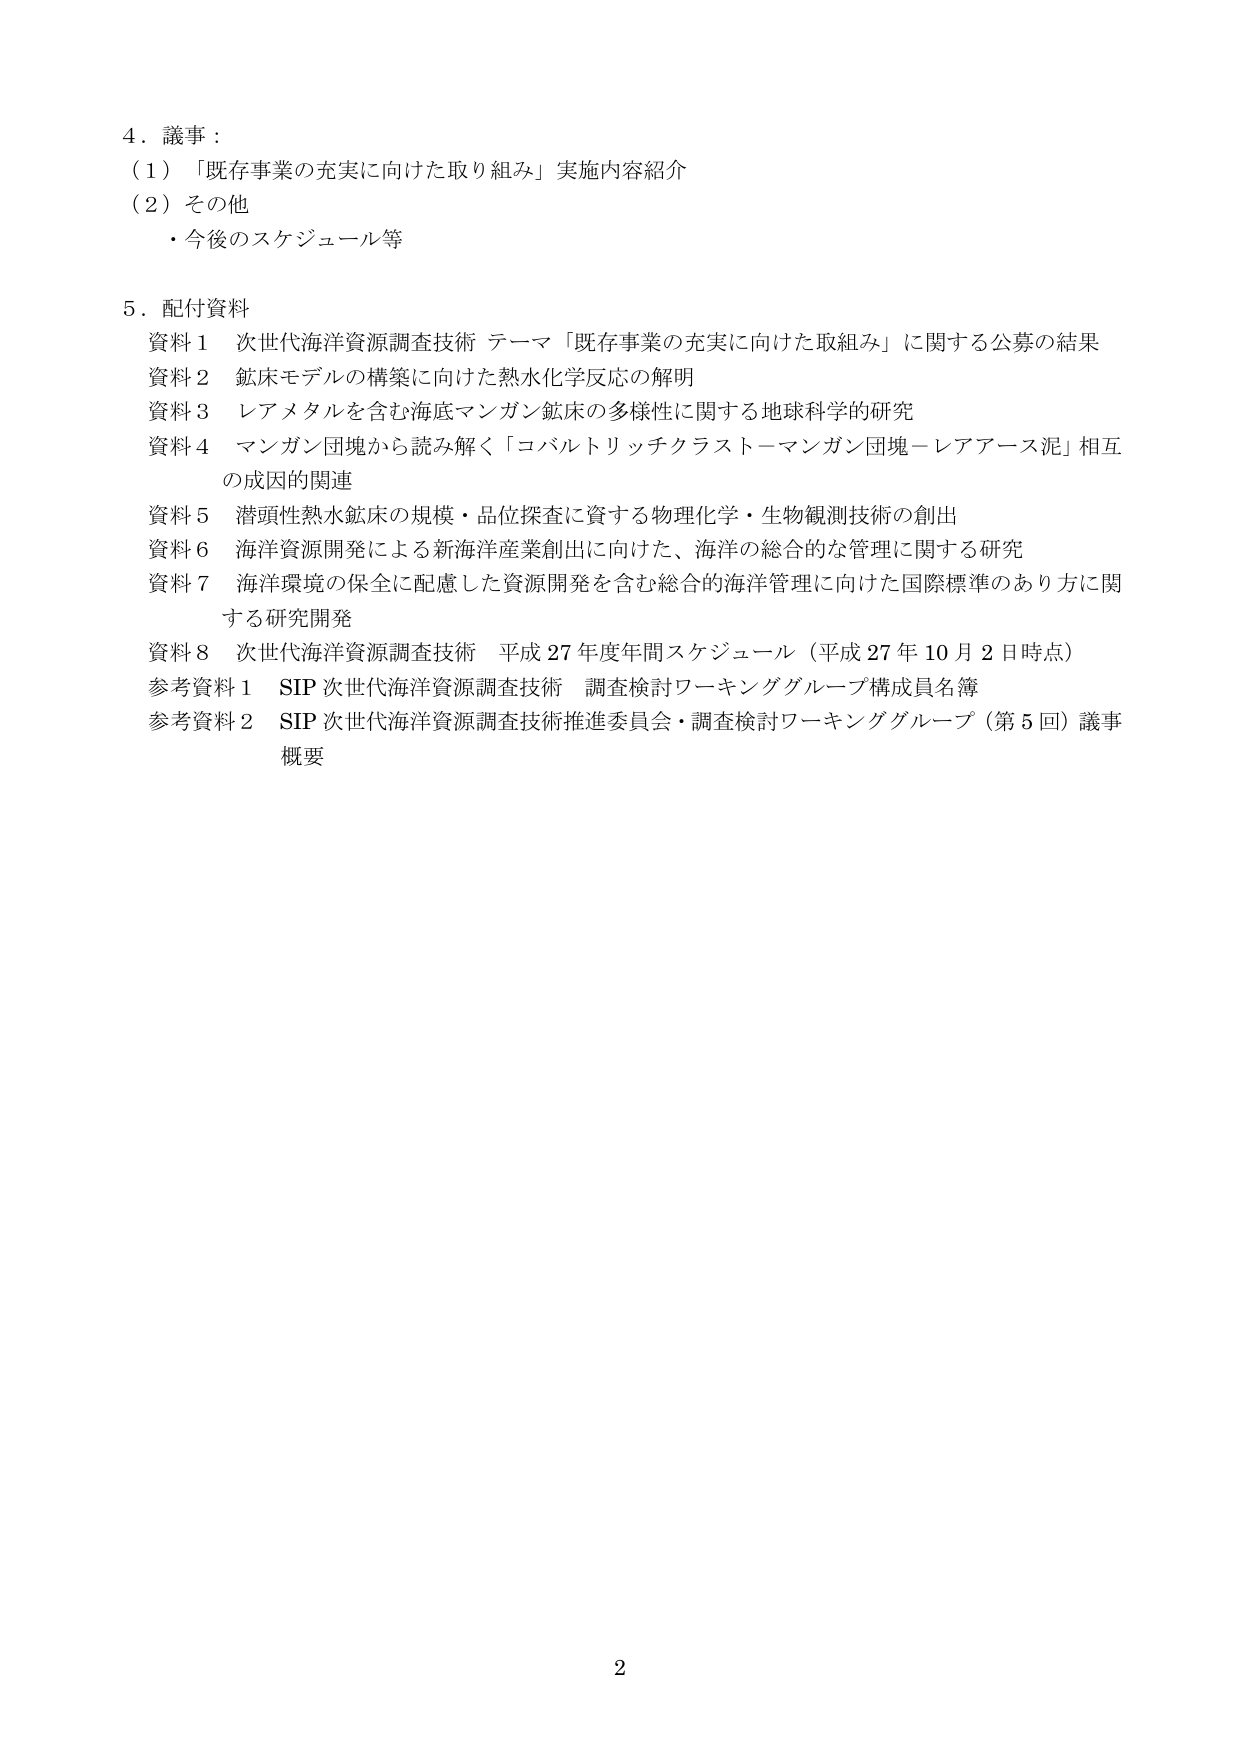
4．議事：
（1）「既存事業の充実に向けた取り組み」実施内容紹介
（2）その他
・今後のスケジュール等

5．配付資料
資料1 次世代海洋資源調査技術 テーマ「既存事業の充実に向けた取組み」に関する公募の結果
資料2 鉱床モデルの構築に向けた熱水化学反応の解明
資料3 レアメタルを含む海底マンガン鉱床の多様性に関する地球科学的研究
資料4 マンガン団塊から読み解く「コバルトリッチクラスト－マンガン団塊－レアアース泥」相互
の成因の関連
資料5 潜頭性熱水鉱床の規模・品位探査に資する物理化学・生物観測技術の創出
資料6 海洋資源開発による新海洋産業創出に向けた、海洋の総合的な管理に関する研究
資料7 海洋環境の保全に配慮した資源開発を含む総合的海洋管理に向けた国際標準のあり方に関
する研究開発
資料8 次世代海洋資源調査技術 平成27年度年間スケジュール（平成27年10月2日時点）
参考資料1 SIP次世代海洋資源調査技術 調査検討ワーキンググループ構成員名簿
参考資料2 SIP次世代海洋資源調査技術推進委員会・調査検討ワーキンググループ（第5回）議事
概要

2